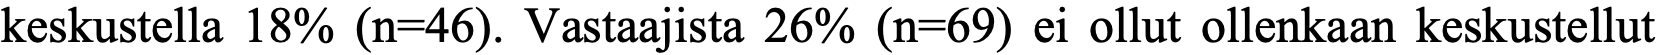
keskustella 18% (n=46). Vastaajista 26% (n=69) ei ollut ollenkaan keskustellut